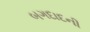
બગદાદની